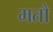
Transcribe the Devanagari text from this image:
मतौ